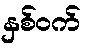
နှစ်ဝက်